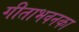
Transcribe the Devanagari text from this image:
गीताभवनका